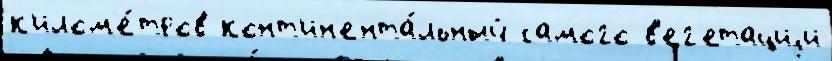
к'илом'е́тров конт'ин'ента́льный самого в'ег'етациjи